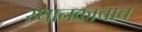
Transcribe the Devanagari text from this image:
स्थानकाचाच